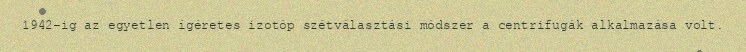
1942-ig az egyetlen ígéretes izotóp szétválasztási módszer a centrifugák alkalmazása volt.